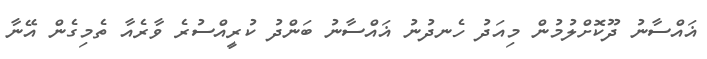
ޣައްސާނު ދޫކޮށްލުމުން މިއަދު ހެނދުނު ޣައްސާނު ބަންދު ކުރީއްސުރެ ވާރެއާ ތެމިގެން އޭނާ